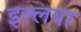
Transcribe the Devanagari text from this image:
इल्लया